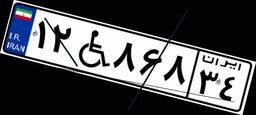
۱۲W۸۶۸۳۴